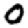
Digit: 0